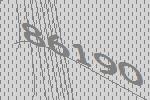
86190